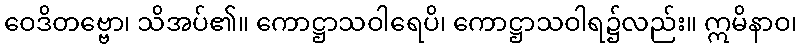
ဝေဒိတဗ္ဗော၊ သိအပ်၏။ ကောဋ္ဌာသဝါရေပိ၊ ကောဋ္ဌာသဝါရ၌လည်း။ ဣမိနာဝ၊